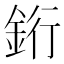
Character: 𬫑